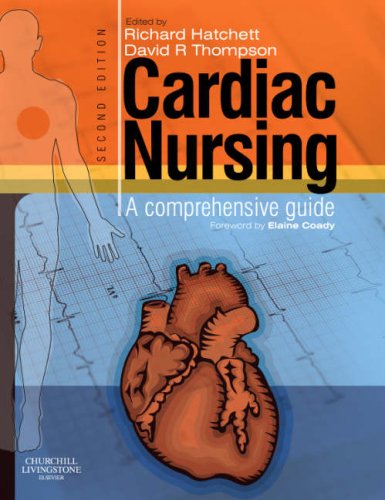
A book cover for Cardiac Nursing: A Comprehensive Guide, 2e; Richard Hatchett RN  PhD  MSc  BA(Hons); Medical Books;